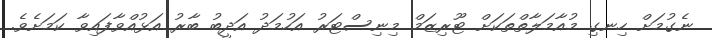
ނެގުމަަށް ހިނގި މުއާމަލާތްތަކަށް ޓޫރިޒަމް މިނިސްޓަރު އަހުމަދު އަދީބު ބާރު އަޅުއްވާފައިވާ ކަމަށެވެ.